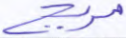
مريج